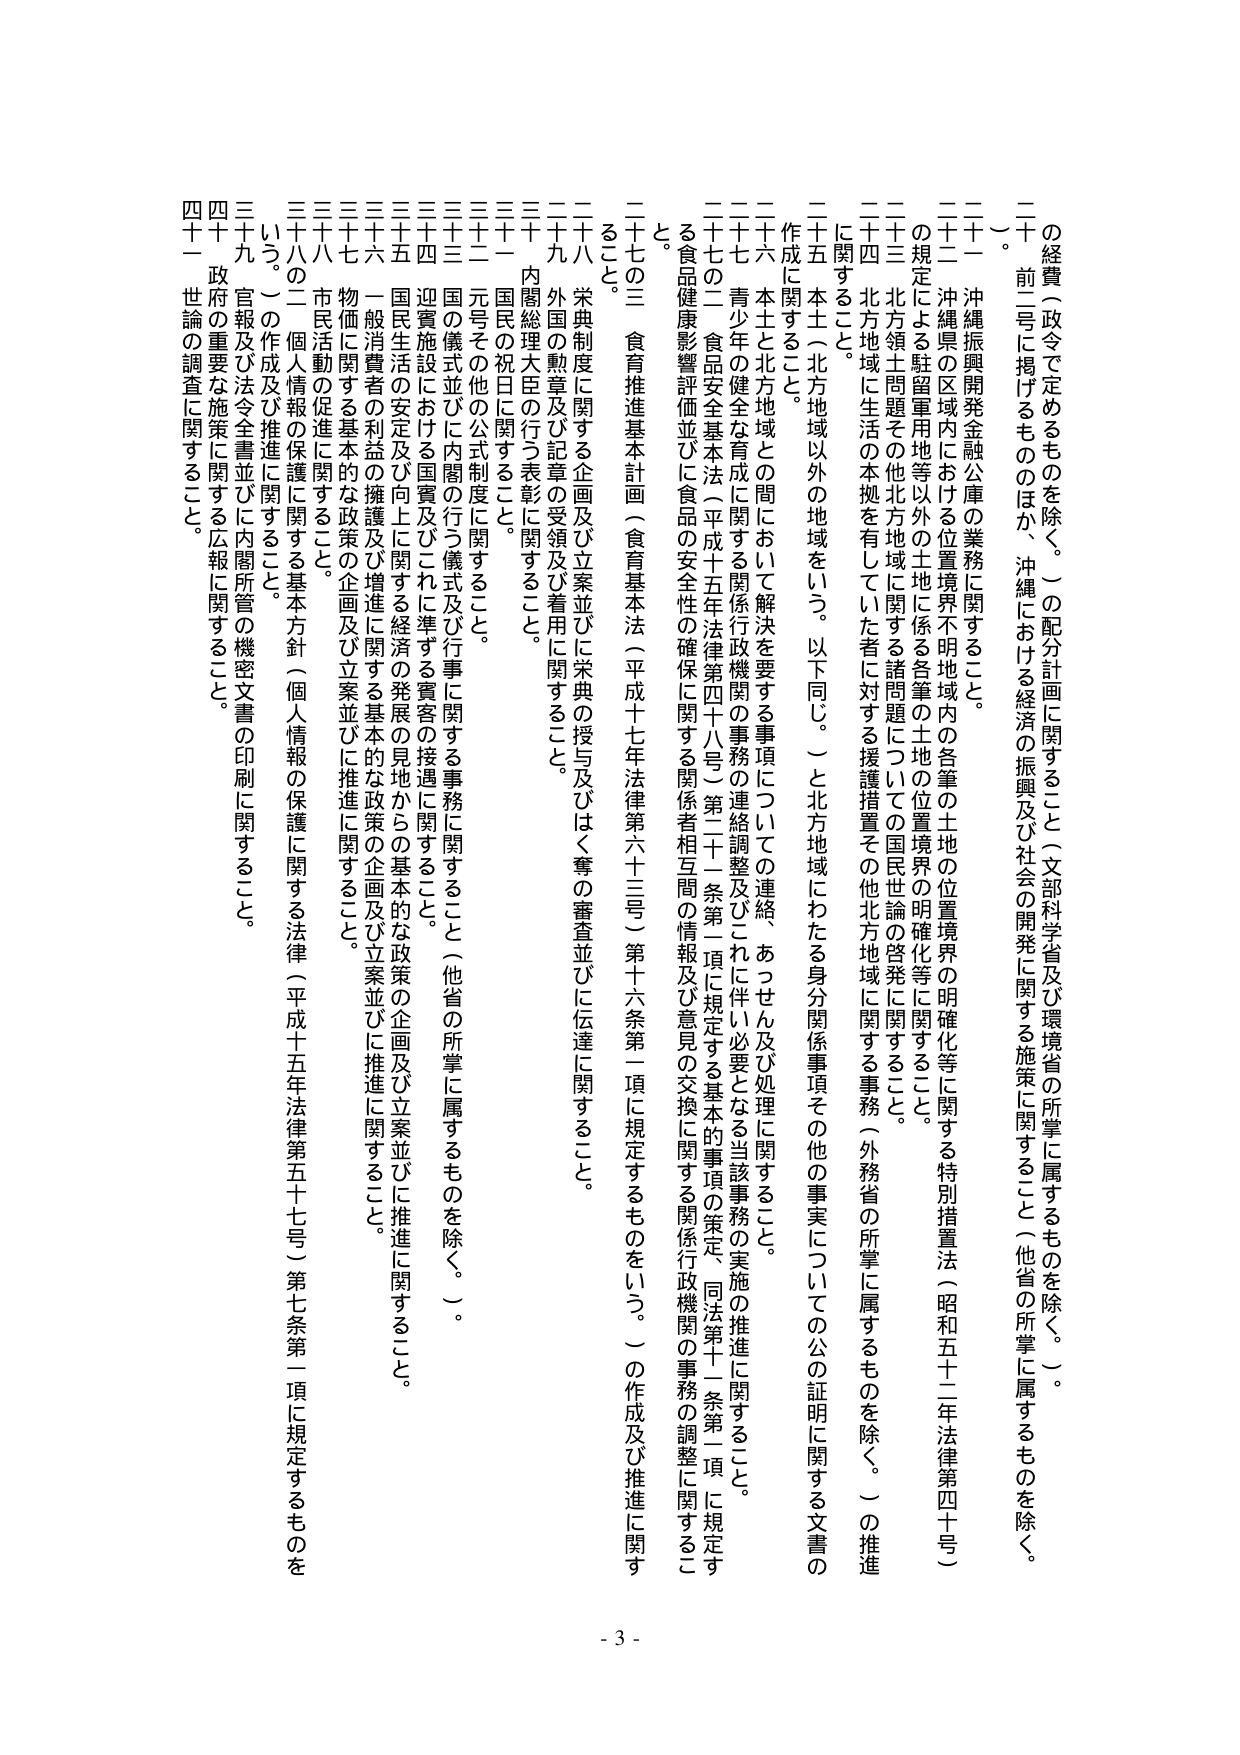
の経費（政令で定めるものを除く。）の配分計画に関すること（文部科学省及び環境省の所掌に属するものを除く。）。
二十　前二号に掲げるもののほか、沖縄における経済の振興及び社会の開発に関する施策に関すること（他省の所掌に属するものを除く。）。
二十一　沖縄振興開発金融公庫の業務に関すること。
二十二　沖縄県の区域内における位置境界不明地域内の各筆の土地の位置境界の明確化等に関する特別措置法（昭和五十二年法律第四十号）の規定による駐留軍用地等以外の土地に関する各筆の土地の位置境界の明確化等に関すること。
二十三　北方領土問題その他北方地域に関する諸問題についての国民世論の啓発に関すること。
二十四　北方地域に生活の本拠を有していた者に対する援護措置その他北方地域に関する事務（外務省の所掌に属するものを除く。）の推進に関すること。
二十五　本土（北方地域以外の地域をいう。以下同じ。）と北方地域にわたる身分関係事項その他の事実についての公の証明に関する文書の作成に関すること。
二十六　本土と北方地域との間において解決を要する事項についての連絡、あっせん及び処理に関すること。
二十七　青少年の健全な育成に関する関係行政機関の事務の連絡調整及びこれに伴い必要となる当該事務の実施の推進に関すること。
二十七の二　食品安全基本法（平成十五年法律第四十八号）第二十一条第一項に規定する基本的事項の策定、同法第十二条第一項に規定する食品健康影響評価並びに食品の安全性の確保に関する関係者相互間の情報及び意見の交換に関する関係行政機関の事務の調整に関すること。
二十七の三　食育推進基本計画（食育基本法（平成十七年法律第六十三号）第十六条第一項に規定するものをいう。）の作成及び推進に関すること。
二十八　栄典制度に関する企画及び立案並びに栄典の授与及びひく奪の審査並びに伝達に関すること。
二十九　外国の勲章及び記章の受領及び着用に関すること。
三十　内閣総理大臣の行う表彰に関すること。
三十一　国民の祝日に関すること。
三十二　国民その他の公式制度に関すること。
三十三　国の儀式並びに内閣の行う儀式及び行事に関する事務に関すること（他省の所掌に属するものを除く。）。
三十四　迎賓施設における国賓及びこれに準ずる賓客の接遇に関すること。
三十五　国民生活の安定及び向上に関する経済の発展の見地からの基本的な政策の企画及び立案並びに推進に関すること。
三十六　一般消費者の利益の擁護及び推進に関する基本的な政策の企画及び立案並びに推進に関すること。
三十七　物価に関する基本的な政策の企画及び立案並びに推進に関すること。
三十八　市民活動の促進に関すること。
三十八の二　個人情報の保護に関する基本方針（個人情報の保護に関する法律（平成十五年法律第五十七号）第七条第一項に規定するものをいう。）の作成及び推進に関すること。
三十九　官報及び法令全書並びに内閣所管の機密文書の印刷に関すること。
四十　政府の重要な施策に関する広報に関すること。
四十一　世論の調査に関すること。
- 3 -